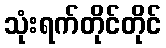
သုံးရက်တိုင်တိုင်